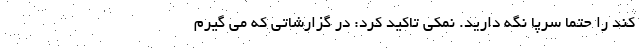
کند را حتما سرپا نگه دارید. نمکی تاکید کرد: در گزارشاتی که می گیرم